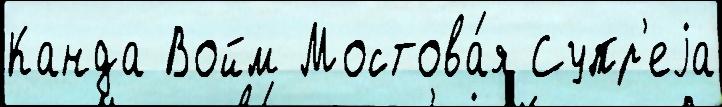
Канда Войм Мостова́я Супр'еjа